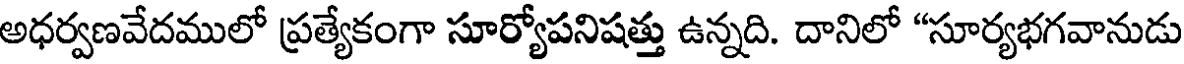
అధర్వణవేదములో ప్రత్యేకంగా సూర్యోపనిషత్తు ఉన్నది. దానిలో "సూర్యభగవానుడు